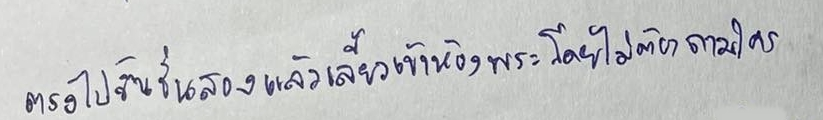
ตรงไปขึ้นชั้นสองแล้วเลี้ยวเข้าห้องพระโดยไม่ต้องถามใคร